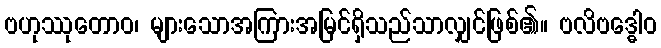
ဗဟုဿုတောဝ၊ များသောအကြားအမြင်ရှိသည်သာလျှင်ဖြစ်၏။ ဗလိဗဒ္ဓေါဝ